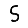
Digit: 5